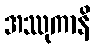
အဿုကာနိ